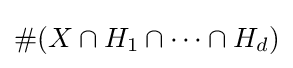
\#(X\cap H_{1}\cap \cdots \cap H_{d})